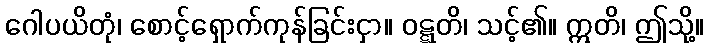
ဂေါပယိတုံ၊ စောင့်ရှောက်ကုန်ခြင်းငှာ။ ဝဋ္ဋတိ၊ သင့်၏။ ဣတိ၊ ဤသို့။